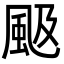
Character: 𩖪